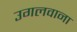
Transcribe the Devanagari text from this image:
उगलवाना